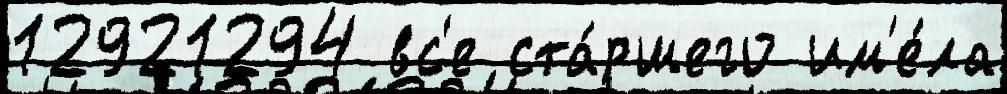
12921294 вс'е ста́ршего им'е́ла